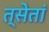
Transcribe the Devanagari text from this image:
त्सेतां